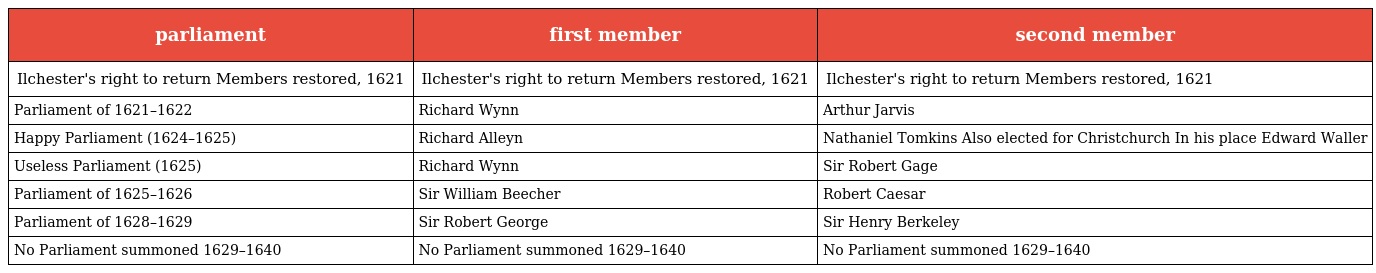
| parliament | first member | second member |
 | --- | --- | --- |
 | Ilchester's right to return Members restored, 1621 | Ilchester's right to return Members restored, 1621 | Ilchester's right to return Members restored, 1621 |
 | Parliament of 1621–1622 | Richard Wynn | Arthur Jarvis |
 | Happy Parliament (1624–1625) | Richard Alleyn | Nathaniel Tomkins Also elected for Christchurch In his place Edward Waller |
 | Useless Parliament (1625) | Richard Wynn | Sir Robert Gage |
 | Parliament of 1625–1626 | Sir William Beecher | Robert Caesar |
 | Parliament of 1628–1629 | Sir Robert George | Sir Henry Berkeley |
 | No Parliament summoned 1629–1640 | No Parliament summoned 1629–1640 | No Parliament summoned 1629–1640 |